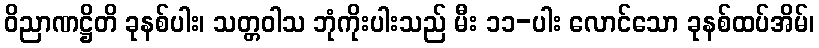
ဝိညာဏဋ္ဌိတိ ခုနစ်ပါး၊ သတ္တဝါသ ဘုံကိုးပါးသည် မီး ၁၁-ပါး လောင်သော ခုနစ်ထပ်အိမ်၊